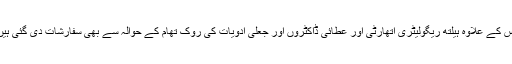
اس کے علاوہ ہیلتھ ریگولیٹری اتھارٹی اور عطائی ڈاکٹروں اور جعلی ادویات کی روک تھام کے حوالہ سے بھی سفارشات دی گئی ہیں۔